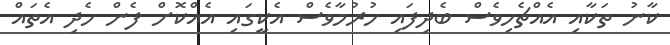
ކާނު ތަކާއި އެއްޗެހިވެސް ބެދިފައި ހުރުމާވެސް އެކީގައި އެއްކޮށް ފެން ހެދި އެތައް